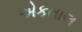
એકતાલ